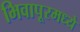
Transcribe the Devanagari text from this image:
भिवापूरमध्ये